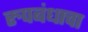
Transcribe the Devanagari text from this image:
रुपबंधाचा